Report of the Bombay Plague Committee
Disease focus: Plague
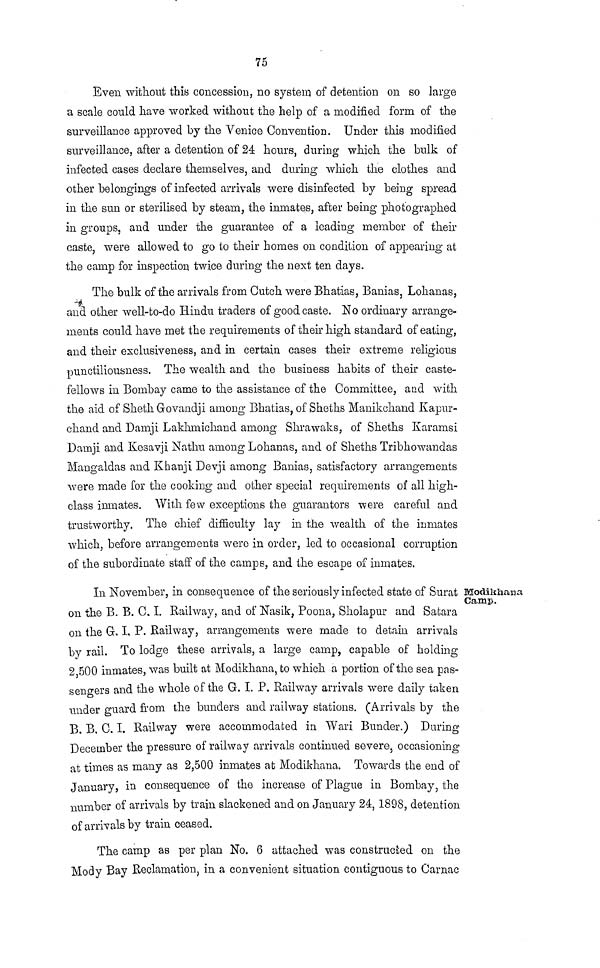
75
Even without this concession, no system of detention on so large
a scale could have worked without the help of a modified form of the
surveillance approved by the Venice Convention. Under this modified
surveillance, after a detention of 24 hours, during which the bulk of
infected cases declare themselves, and during which the clothes and
other belongings of infected arrivals were disinfected by being spread
in the sun or sterilised by steam, the inmates, after being photographed
in groups, and under the guarantee of a leading member of their
caste, were allowed to go to their homes on condition of appearing at
the camp for inspection twice during the next ten days.
The bulk of the arrivals from Gutch were Bhatias, Banias, Lohanas,
and other well-to-do Hindu traders of good caste. No ordinary arrange-
ments could have met the requirements of their high standard of eating,
and their exclusiveness, and in certain cases their extreme religious
punctiliousness. The wealth and the business habits of their caste-
fellows in Bombay came to the assistance of the Committee, and with
the aid of Sheth Govandji among Bhatias, of Sheths Manikchand Kapur-
chand and Damji Lakhmichand among Shrawaks, of Sheths Karamsi
Damji and Kesavji Nathu among Lohanas, and of Sheths Tribhowandas
Mangaldas and Khanji Devji among Banias, satisfactory arrangements
were made for the cooking and other special requirements of all high-
class inmates. With few exceptions the guarantors were careful and
trustworthy. The chief difficulty lay in the wealth of the inmates
which, before arrangements were in order, led to occasional corruption
of the subordinate staff of the camps, and the escape of inmates.
Modikhana
Camp.
In November, in consequence of the seriously infected state of Surat
on the B. B. C, I. Railway, and of Nasik, Poona, Sholapur and Satara
011 the G. I. P. Railway, arrangements were made to detain arrivals
by rail. To lodge these arrivals, a large camp, capable of holding
2 500 inmates, was built at Modikhana, to which a portion of the sea pas-
sengers and the whole of the G. I. P. Railway arrivals were daily taken
under guard from the bunders and railway stations. (Arrivals by the
B. B. C. I. Railway were accommodated in Wari Bunder.) During
December the pressure of railway arrivals continued severe, occasioning
at times as many as 2,500 inmates at Modikhana. Towards the end of
January, in consequence of the increase of Plague in Bombay, the
number of arrivals by train slackened and on January 24, 1898, detention
of arrivals by train ceased.
The camp as per plan No. 6 attached was constructed on the
Mody Bay Reclamation, in a convenient situation contiguous to Carnac